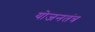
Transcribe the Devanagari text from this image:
योजनतंत्र